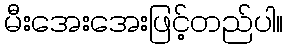
မီးအေးအေးဖြင့်တည်ပါ။